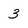
Character: 3